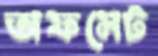
অফসেট